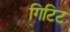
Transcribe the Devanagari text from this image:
गिटिट